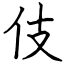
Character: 伎